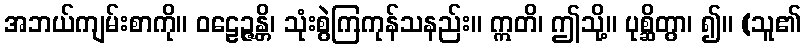
အဘယ်ကျမ်းစာကို။ ဝဠေဉ္ဇန္တိ၊ သုံးစွဲကြကုန်သနည်း။ ဣတိ၊ ဤသို့။ ပုစ္ဆိတွာ၊ ၍။ (သူ၏